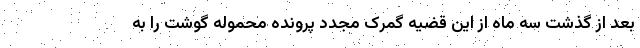
بعد از گذشت سه ماه از این قضیه گمرک مجدد پرونده محموله گوشت را به